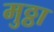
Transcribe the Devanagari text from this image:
मुठ्ठा